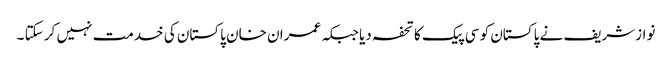
نوازشریف نے پاکستان کو سی پیک کا تحفہ دیا جبکہ عمران خان پاکستان کی خدمت نہیں کر سکتا ۔